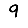
Digit: 9